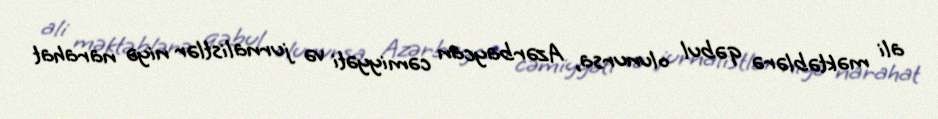
ali məktəblərə qəbul olunursa, Azərbaycan cəmiyyəti və jurnalistlər niyə narahat